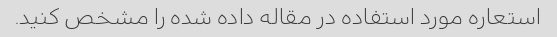
استعاره مورد استفاده در مقاله داده شده را مشخص کنید.